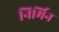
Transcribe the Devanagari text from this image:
निर्मिन